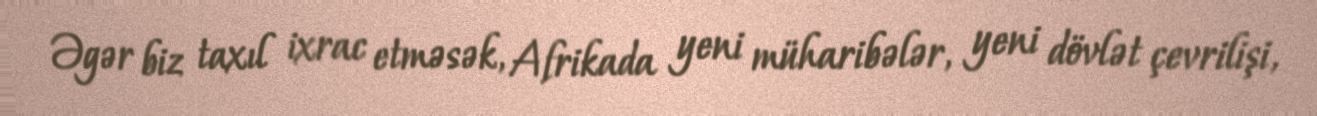
Əgər biz taxıl ixrac etməsək, Afrikada yeni müharibələr, yeni dövlət çevrilişi,